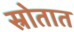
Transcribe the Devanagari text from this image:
स्रोतात